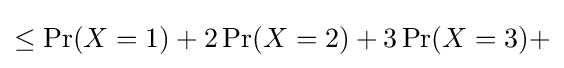
\leq \operatorname {Pr} (X=1)+2\operatorname {Pr} (X=2)+3\operatorname {Pr} (X=3)+